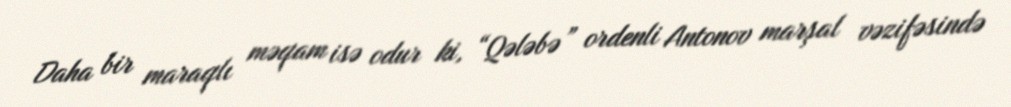
Daha bir maraqlı məqam isə odur ki, “Qələbə” ordenli Antonov marşal vəzifəsində